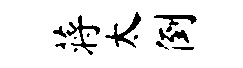
蒋太倒